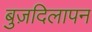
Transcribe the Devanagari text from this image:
बुज़दिलापन